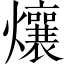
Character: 爙